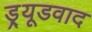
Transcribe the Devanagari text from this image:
ड्र्यूडवाद